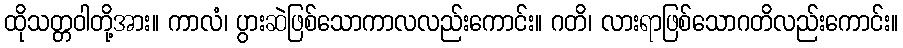
ထိုသတ္တဝါတို့အား။ ကာလံ၊ ပွားဆဲဖြစ်သောကာလလည်းကောင်း။ ဂတိ၊ လားရာဖြစ်သောဂတိလည်းကောင်း။